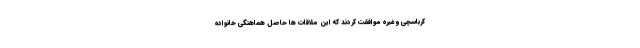
کرباسچی و غیره موافقت کردند که این ملاقات ها حاصل هماهنگی خانواده